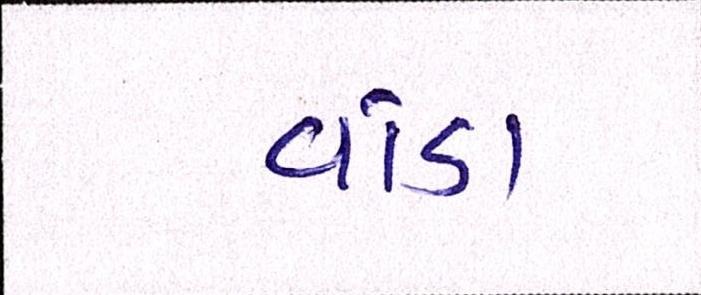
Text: વાંડા